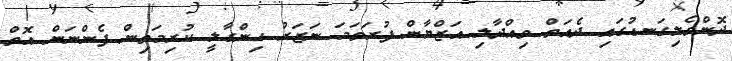
ދޮންވެލިގަނޑުގައި ދެއަތް ވިއްދާލި އަޒްޔާން ފުރަތަމަ ނަޒަރު ހިންގާލީ ކުރިމަތިން ފެންނަން އޮތް